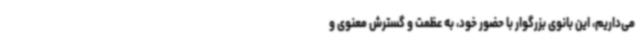
می‌داریم، این بانوی بزرگوار با حضور خود، به عظمت و گسترش معنوی و